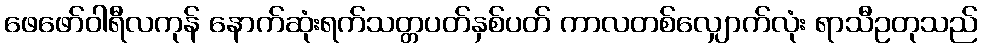
ဖေဖော်ဝါရီလကုန် နောက်ဆုံးရက်သတ္တပတ်နှစ်ပတ် ကာလတစ်လျှောက်လုံး ရာသီဥတုသည်